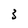
Character: 3